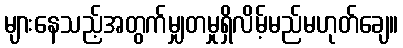
များနေသည့်အတွက်မျှတမှုရှိလိမ့်မည်မဟုတ်ချေ။